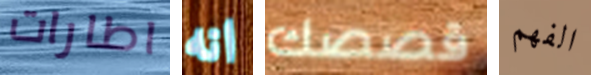
اطارات انه قصصك الفهم